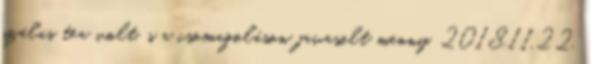
szálas tea volt, s a csomagoláson javasolt menny. 2018.11.22.